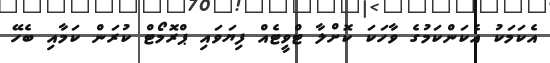
އެކަމަކު އެކަންކަމުގެ ވާހަކަ ކޮށްލާ ޓްވީޓެއް ފިޔަވައި ޕްރޮމޯޓް ކުރަން ކަމާއި ބެހޭ